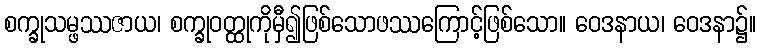
စက္ခုသမ္ဖဿဇာယ၊ စက္ခုဝတ္ထုကိုမှီ၍ဖြစ်သောဖဿကြောင့်ဖြစ်သော။ ဝေဒနာယ၊ ဝေဒနာ၌။